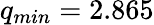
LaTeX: q_{min}=2.865